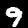
Digit: 9